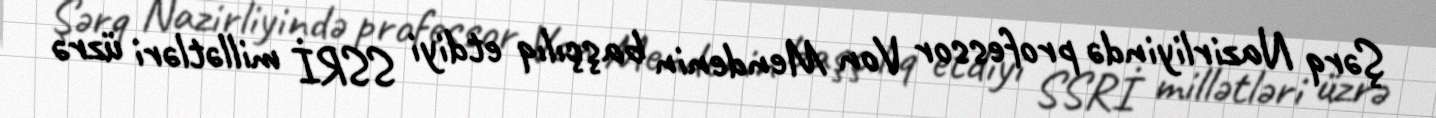
Şərq Nazirliyində professor Von Mendenin başçılıq etdiyi SSRİ millətləri üzrə